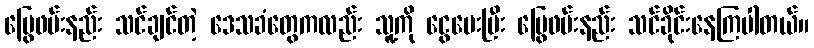
မြွေဖမ်းနည်း သင်ချင်တဲ့ ဒေသခံတွေကလည်း သူ့ကို ငွေပေးပြီး မြွေဖမ်းနည်း သင်ခိုင်းနေကြပါတယ်။